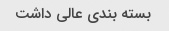
بسته بندی عالی داشت